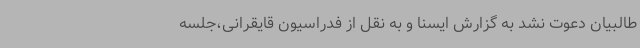
طالبیان دعوت نشد به گزارش ایسنا و به نقل از فدراسیون قایقرانی،جلسه